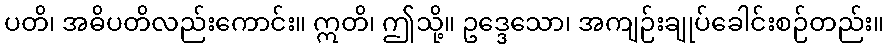
ပတိ၊ အဓိပတိလည်းကောင်း။ ဣတိ၊ ဤသို့။ ဥဒ္ဒေသော၊ အကျဉ်းချုပ်ခေါင်းစဉ်တည်း။